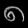
Digit: ၈